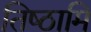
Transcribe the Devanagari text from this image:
तिष्‍ठामि